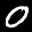
Digit: 0